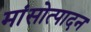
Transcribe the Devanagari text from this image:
मांसोत्पादन